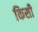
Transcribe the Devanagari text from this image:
किसी